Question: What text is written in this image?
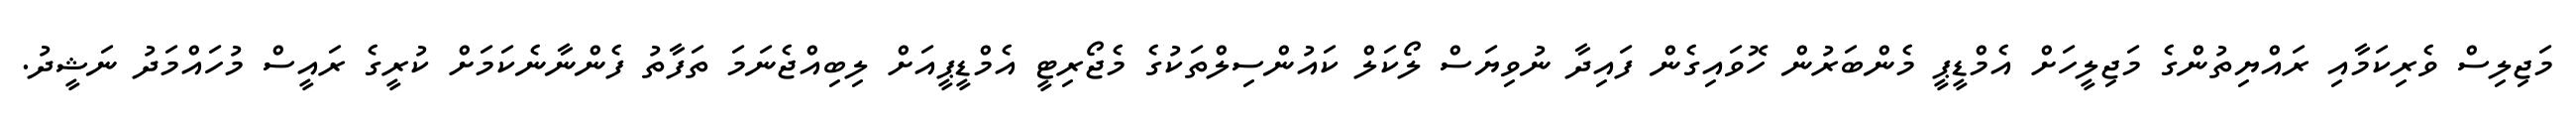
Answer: މަޖިލިސް ވެރިކަމާއި ރައްޔިތުންގެ މަޖިލީހަށް އެމްޑީޕީ މެންބަރުން ހޮވައިގެން ފައިދާ ނުވިޔަސް ލޯކަލް ކައުންސިލްތަކުގެ މެޖޯރިޓީ އެމްޑީޕީއަށް ލިބިއްޖެނަމަ ތަފާތު ފެންނާނެކަމަށް ކުރީގެ ރައީސް މުހައްމަދު ނަޝީދު.